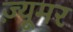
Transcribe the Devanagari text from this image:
ज़्यूमर